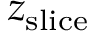
z _ { \mathrm { s l i c e } }